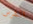
الشرس